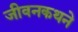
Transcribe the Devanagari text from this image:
जीवनकथने